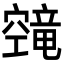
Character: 𬔔